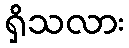
ရှိသလား